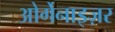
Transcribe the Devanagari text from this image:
ओर्गेनाइज़र